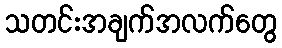
သတင်းအချက်အလက်တွေ